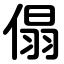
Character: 傝